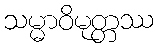
သမ္မာဝိမုတ္တဿ